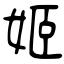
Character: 姬